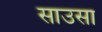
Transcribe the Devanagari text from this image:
साउसा